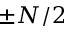
\pm N / 2